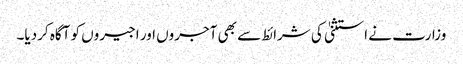
وزارت نے استثنیٰ کی شرائط سے بھی آجروں اور اجیروں کو آگاہ کردیا۔